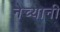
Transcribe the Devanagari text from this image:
नेच्यानी